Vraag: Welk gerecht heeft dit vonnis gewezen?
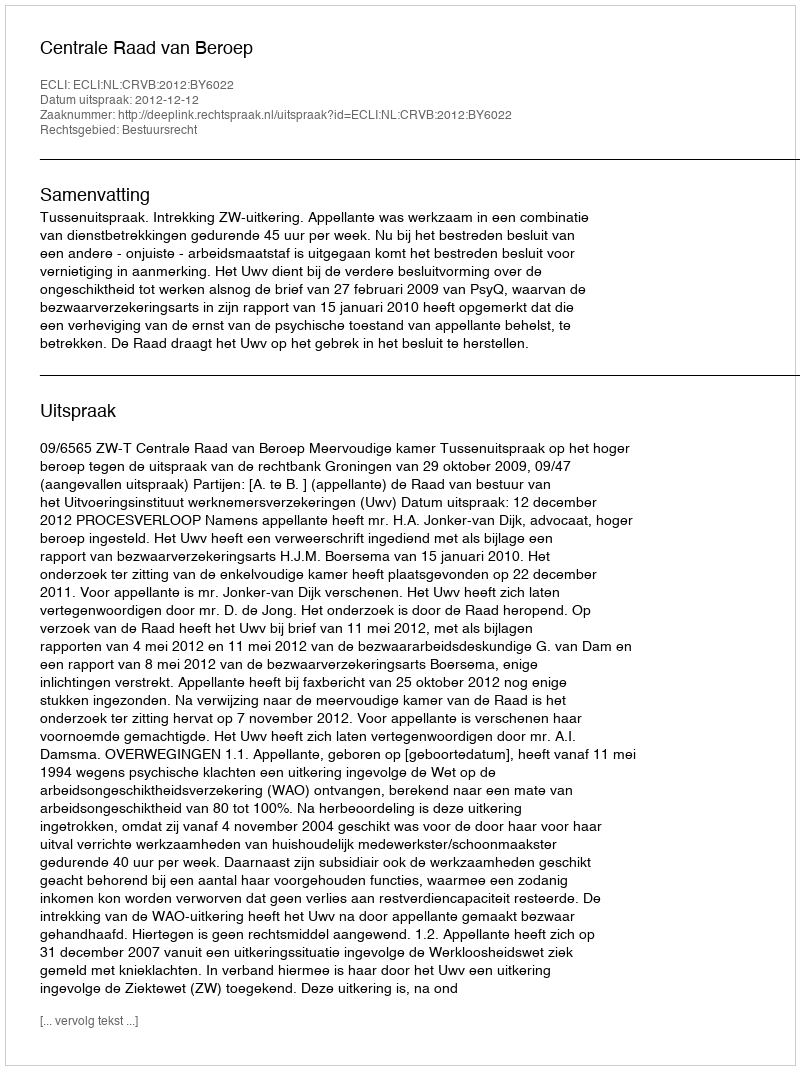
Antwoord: Centrale Raad van Beroep